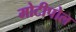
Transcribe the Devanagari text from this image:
मोटीपोल